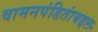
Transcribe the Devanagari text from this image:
वामनपंडितांबद्दल